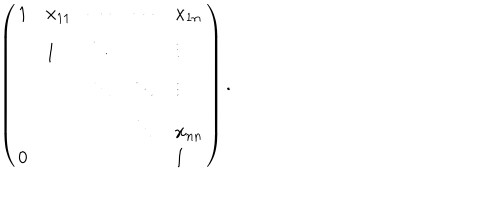
LaTeX: \left( \begin{array} { l l l l l } { { 1 } } & { { x _ { 1 1 } } } & { { \cdots } } & { { \cdots } } & { { x _ { 1 n } } } \\ { { } } & { { 1 } } & { { \ddots } } & { { } } & { { \vdots } } \\ { { } } & { { } } & { { \ddots } } & { { \ddots } } & { { \vdots } } \\ { { } } & { { } } & { { } } & { { \ddots } } & { { x _ { n n } } } \\ { { 0 } } & { { } } & { { } } & { { } } & { { 1 } } \\ \end{array} \right) .